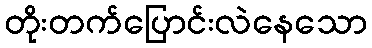
တိုးတက်ပြောင်းလဲနေသော